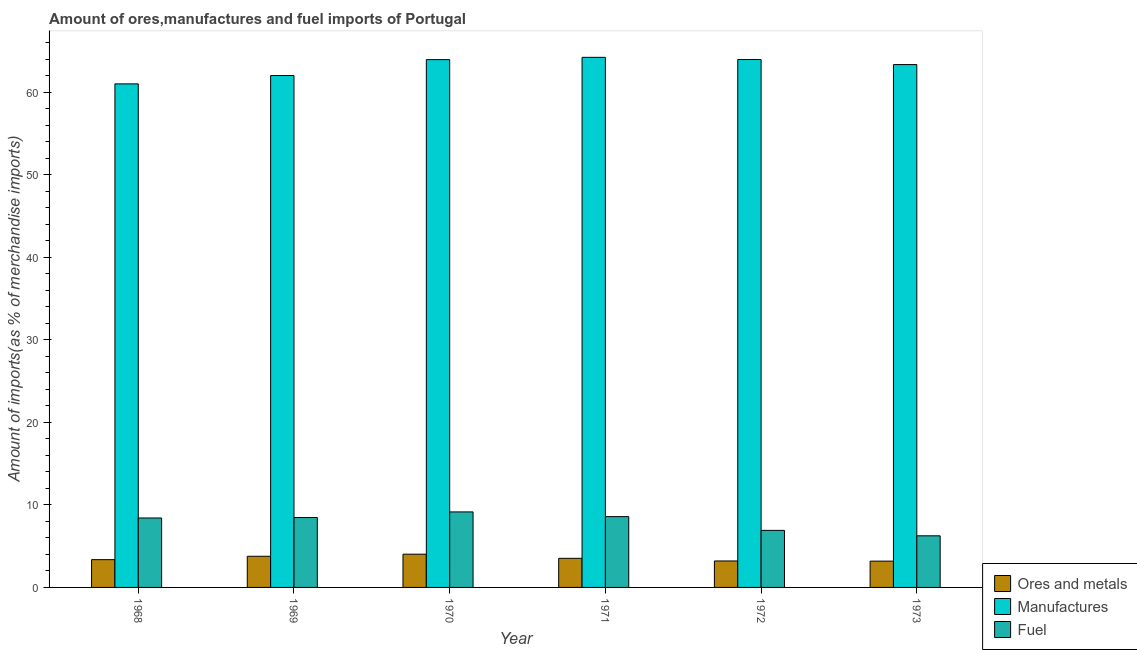
| Year | Ores and metals | Manufactures | Fuel |
 | --- | --- | --- | --- |
 | 1968 | 3.37 | 61 | 8.41 |
 | 1969 | 3.77 | 62 | 8.47 |
 | 1970 | 4.02 | 63.9 | 9.15 |
 | 1971 | 3.53 | 64.2 | 8.57 |
 | 1972 | 3.21 | 63.9 | 6.91 |
 | 1973 | 3.18 | 63.3 | 6.25 |